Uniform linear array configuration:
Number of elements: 4
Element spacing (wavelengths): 0.5
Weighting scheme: uniform
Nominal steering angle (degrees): -15
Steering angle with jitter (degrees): -16.346
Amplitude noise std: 0.05
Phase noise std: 0.05

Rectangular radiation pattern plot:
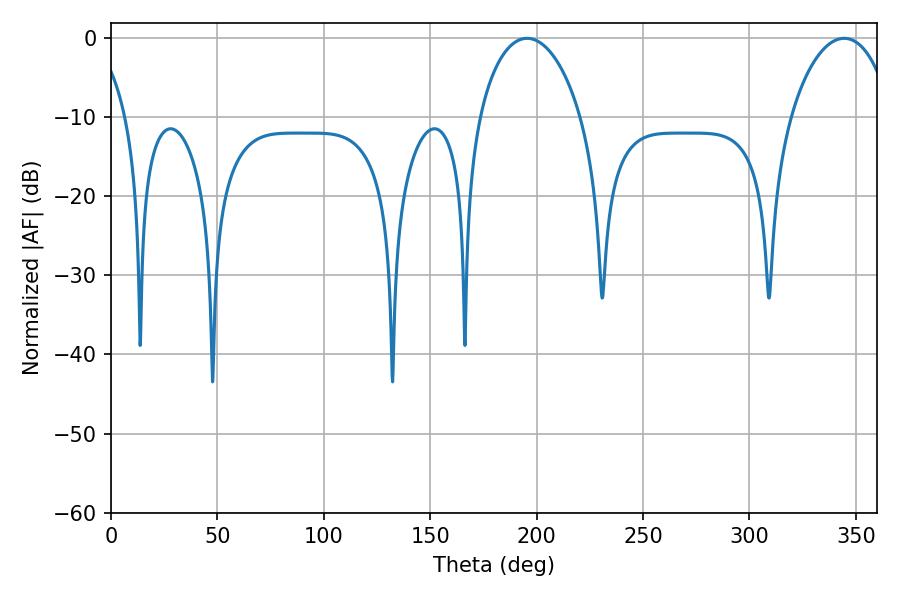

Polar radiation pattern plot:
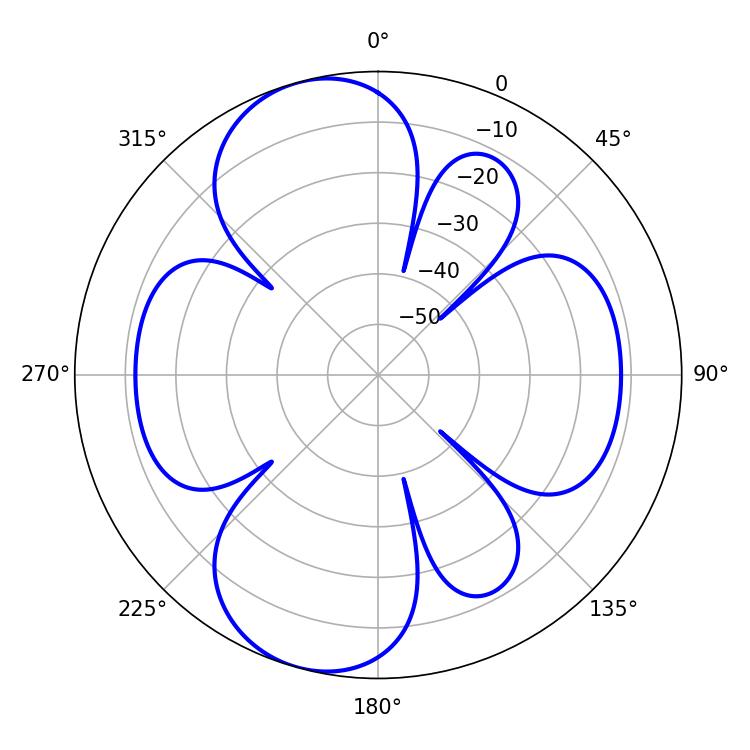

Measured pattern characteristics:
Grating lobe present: FALSE
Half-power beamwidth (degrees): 27.36
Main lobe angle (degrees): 195.48